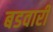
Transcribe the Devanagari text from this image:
बडवारी